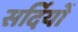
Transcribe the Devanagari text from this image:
सर्दियोँ